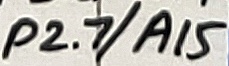
Text: P2.7/A15